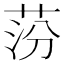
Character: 𦰛